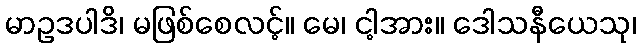
မာဥဒပါဒိ၊ မဖြစ်စေလင့်။ မေ၊ ငါ့အား။ ဒေါသနီယေသု၊